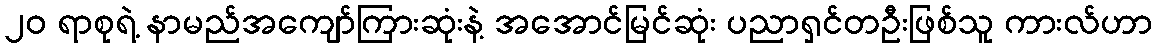
၂၀ ရာစုရဲ့ နာမည်အကျော်ကြားဆုံးနဲ့ အအောင်မြင်ဆုံး ပညာရှင်တဦးဖြစ်သူ ကားလ်ဟာ